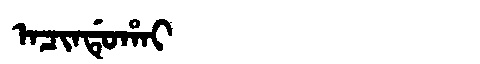
Manchu: ᠠᠴᡳᠨᡩᡠᡥᠠᡳ
Romanization: ACINDUHAI